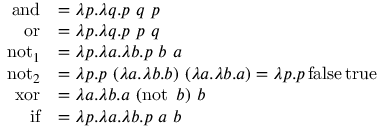
{ \begin{array} { r l } { \operatorname { a n d } } & { = \lambda p . \lambda q . p \ q \ p } \\ { \operatorname { o r } } & { = \lambda p . \lambda q . p \ p \ q } \\ { \operatorname { n o t } _ { 1 } } & { = \lambda p . \lambda a . \lambda b . p \ b \ a } \\ { \operatorname { n o t } _ { 2 } } & { = \lambda p . p \ ( \lambda a . \lambda b . b ) \ ( \lambda a . \lambda b . a ) = \lambda p . p \operatorname { f a l s e } \operatorname { t r u e } } \\ { \operatorname { x o r } } & { = \lambda a . \lambda b . a \ ( \operatorname { n o t } \ b ) \ b } \\ { \operatorname { i f } } & { = \lambda p . \lambda a . \lambda b . p \ a \ b } \end{array} }